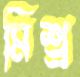
মিশ্র্র